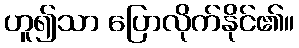
ဟူ၍သာ ပြောလိုက်နိုင်၏။